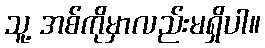
သူ့ အစ်ကိုမှာလည်းမရှိပါ။